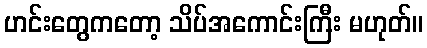
ဟင်းတွေကတော့ သိပ်အကောင်းကြီး မဟုတ်။